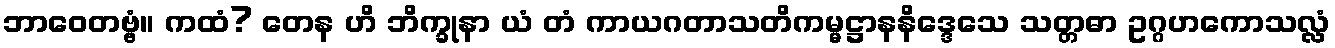
ဘာဝေတဗ္ဗံ။ ကထံ? တေန ဟိ ဘိက္ခုနာ ယံ တံ ကာယဂတာသတိကမ္မဋ္ဌာနနိဒ္ဒေသေ သတ္တဓာ ဥဂ္ဂဟကောသလ္လံ